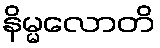
နိမ္မလောတိ